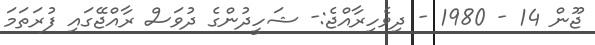
ޖޫން 14 - 1980 - ދިވެހިރާއްޖެ:- ޝަހީދުންގެ ދުވަސް ރާއްޖޭގައި ފުރަތަމަ